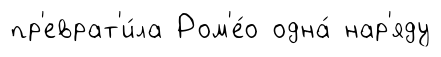
пр'еврат'и́ла Ром'е́о одна́ нар'яду